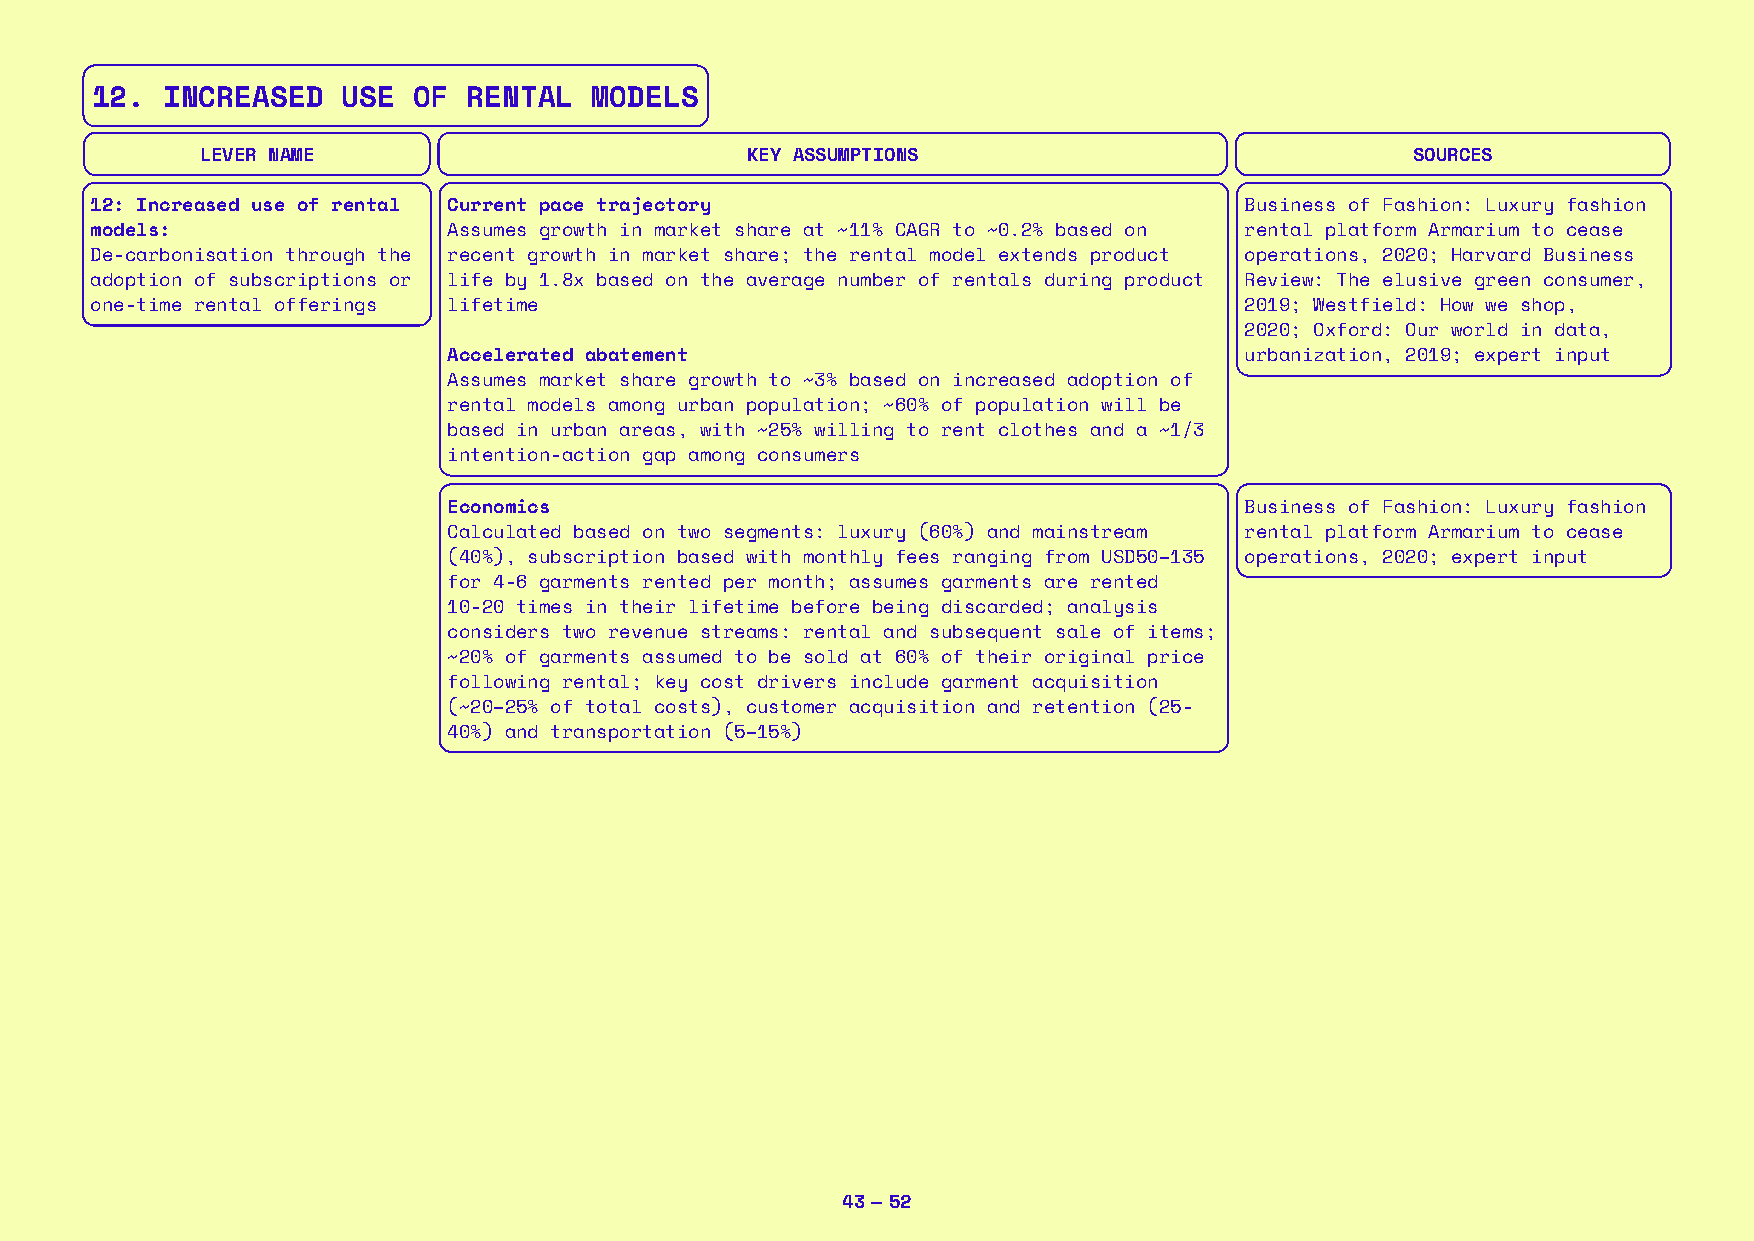
12.  INCREASED   USE OF  RENTAL  MODELS
 LEVER NAME                          KEY ASSUMPTIONS                              SOURCES
 12: Increased use of rental Current pace trajectory                         Business of Fashion: Luxury fashion
 models:                 Assumes growth in market share at ~11% CAGR to ~0.2% based on rental platform Armarium to cease
 De-carbonisation through the recent growth in market share; the rental model extends product operations, 2020; Harvard Business
 adoption of subscriptions or life by 1.8x based on the average number of rentals during product Review: The elusive green consumer,
 one-time rental offerings lifetime                                          2019; Westfield: How we shop,
 2020; Oxford: Our world in data,
 Accelerated abatement                               urbanization, 2019; expert input
 Assumes market share growth to ~3% based on increased adoption of
 rental models among urban population; ~60% of population will be
 based in urban areas, with ~25% willing to rent clothes and a ~1/3
 intention-action gap among consumers
 Economics                                           Business of Fashion: Luxury fashion
 Calculated based on two segments: luxury (60%) and mainstream rental platform Armarium to cease
 (40%), subscription based with monthly fees ranging from USD50–135 operations, 2020; expert input
 for 4-6 garments rented per month; assumes garments are rented
 10-20 times in their lifetime before being discarded; analysis
 considers two revenue streams: rental and subsequent sale of items;
 ~20% of garments assumed to be sold at 60% of their original price
 following rental; key cost drivers include garment acquisition
 (~20–25% of total costs), customer acquisition and retention (25-
 40%) and transportation (5–15%)
 43 — 52